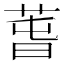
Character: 萅